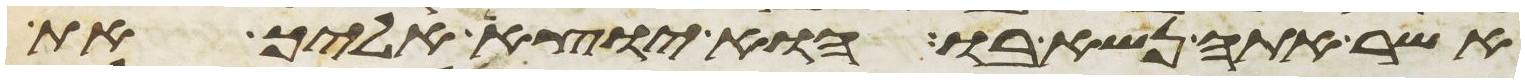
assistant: אשר אתה נשא בו הוא יוצא אליך את